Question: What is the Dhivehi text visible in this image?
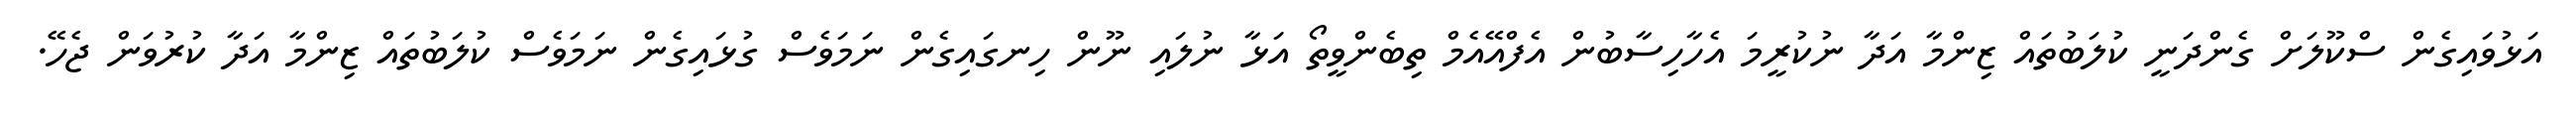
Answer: އަޅުވައިގެން ސްކޫލަށް ގެންދަނީ ކުލަބުތައް ޒިންމާ އަދާ ނުކުރީމަ އެހާހިސާބުން އެފްއޭއެމް ތިބެންވީތޯ އަޅާ ނުލައި ނޫން ހިނގައިގެން ނަމަވެސް ގުޅައިގެން ނަމަވެސް ކުލަބުތައް ޒިންމާ އަދާ ކުރުވަން ޖެހޭ.